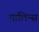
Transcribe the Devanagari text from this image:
मालिन्स